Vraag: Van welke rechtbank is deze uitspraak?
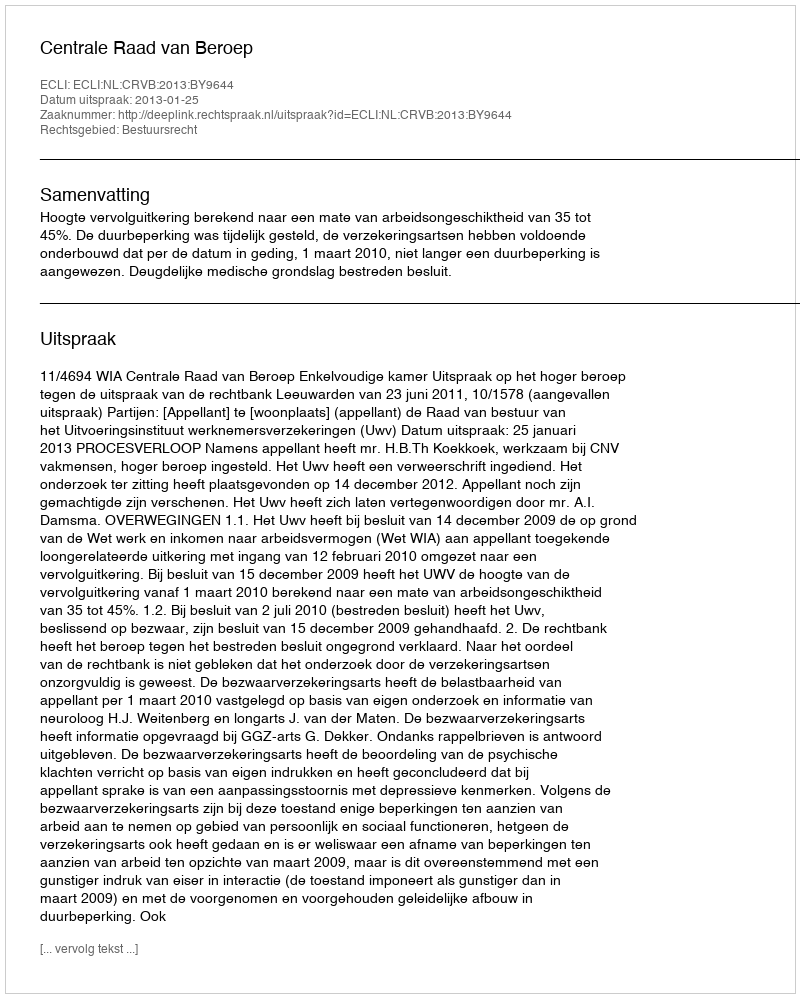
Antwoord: Centrale Raad van Beroep